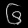
Digit: ၆